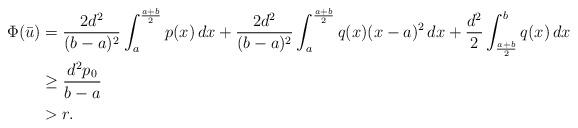
LaTeX: \begin{align*}\Phi(\bar u) &= \frac{2d^2}{(b-a)^2}\int_a^\frac{a+b}{2} p(x)\,dx+\frac{2d^2}{(b-a)^2}\int_a^\frac{a+b}{2} q(x)(x-a)^2\,dx+\frac{d^2}{2}\int_\frac{a+b}{2}^b q(x)\,dx \\&\ge \frac{d^2 p_0}{b-a} \\&> r. \end{align*}